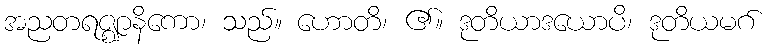
အညတရဇ္ဈာနိကော၊ သည်။ ဟောတိ၊ ၏။ ဒုတိယာဒယောပိ၊ ဒုတိယမဂ်